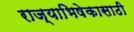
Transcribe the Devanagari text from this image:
राज्याभिषेकासाठी